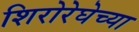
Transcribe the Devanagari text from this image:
शिरोरेघेच्या